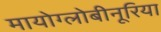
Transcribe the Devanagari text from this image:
मायोग्लोबीनूरिया